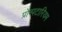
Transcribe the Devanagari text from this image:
प्रोम्पटारियम